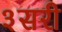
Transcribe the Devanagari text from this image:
३सरी